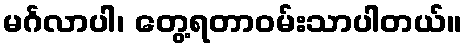
မင်္ဂလာပါ၊ တွေ့ရတာဝမ်းသာပါတယ်။